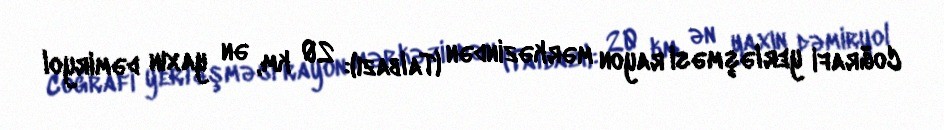
Coğrafi yerləşməsi rayon mərkəzindən (Talbazı): 20 km, ən yaxın dəmiryol